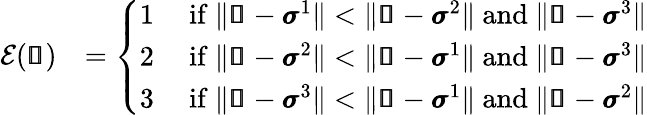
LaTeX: \begin{array}{rl}{\mathcal{E}(\pmb{\mathscr{s}})}&{=\left\{ \begin{array}{ll}{1}&{\mathrm{~if~}\| \pmb{\mathscr{s}}-\pmb{\sigma}^{1}\| <\| \pmb{\mathscr{s}}-\pmb{\sigma}^{2}\| \mathrm{~and~}\| \pmb{\mathscr{s}}-\pmb{\sigma}^{3}\| }\\ {2}&{\mathrm{~if~}\| \pmb{\mathscr{s}}-\pmb{\sigma}^{2}\| <\| \pmb{\mathscr{s}}-\pmb{\sigma}^{1}\| \mathrm{~and~}\| \pmb{\mathscr{s}}-\pmb{\sigma}^{3}\| }\\ {3}&{\mathrm{~if~}\| \pmb{\mathscr{s}}-\pmb{\sigma}^{3}\| <\| \pmb{\mathscr{s}}-\pmb{\sigma}^{1}\| \mathrm{~and~}\| \pmb{\mathscr{s}}-\pmb{\sigma}^{2}\| }\end{array}\right.}\end{array}